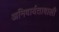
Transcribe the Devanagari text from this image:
अनिवार्यतावाली